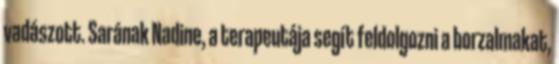
vadászott. Sarának Nadine, a terapeutája segít feldolgozni a borzalmakat,